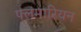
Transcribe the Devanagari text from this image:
फ्लंमारियन